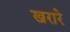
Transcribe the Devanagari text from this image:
खरारे